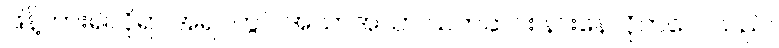
ဖြန့်ကား၍လိုရာ အရပ်တွင် အသာအယာ သက်ဆင်း နားနေလိုက်လေသည်။